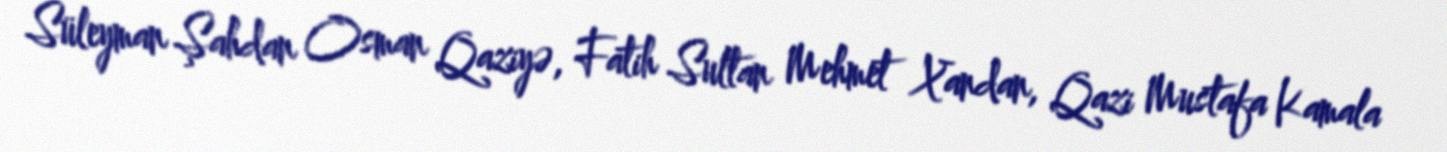
Süleyman Şahdan Osman Qaziyə, Fatih Sultan Mehmet Xandan, Qazi Mustafa Kamala